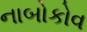
નાબોકોવ